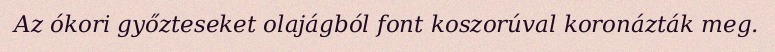
Az ókori győzteseket olajágból font koszorúval koronázták meg.